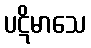
ပဋိမာသေ